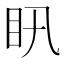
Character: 𥃴